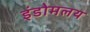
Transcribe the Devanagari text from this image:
इंडोमलय